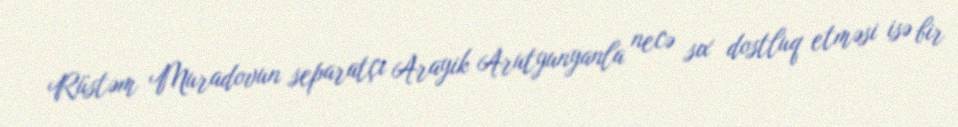
Rüstəm Muradovun separatçı Arayik Arutyunyanla necə sıx dostluq etməsi isə bir